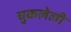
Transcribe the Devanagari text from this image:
चुकलेली